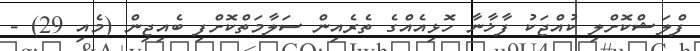
ފްލަޝްކޮށްލި ކުއްޖަކު ފާޚާނާ ހޮޅިއެއްގެ ތެރެއިން ސަލާމަތްކޮށްފި ބެއިޖިން (މެއި 29) -